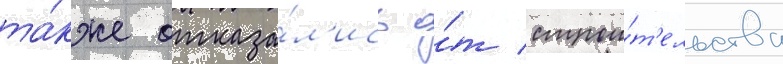
та́кже отказа́л'ись о́т строи́т'ельства